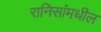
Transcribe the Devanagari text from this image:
रानिसांमधील